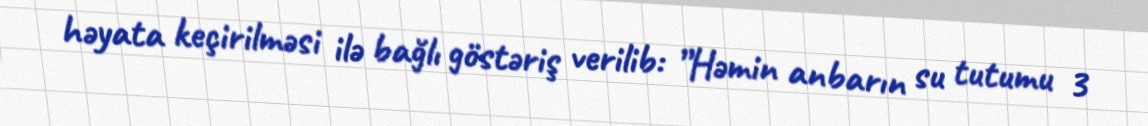
həyata keçirilməsi ilə bağlı göstəriş verilib: ”Həmin anbarın su tutumu 3